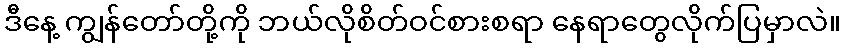
ဒီနေ့ ကျွန်တော်တို့ကို ဘယ်လိုစိတ်ဝင်စားစရာ နေရာတွေလိုက်ပြမှာလဲ။